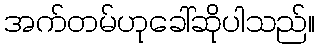
အက်တမ်ဟုခေါ်ဆိုပါသည်။